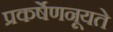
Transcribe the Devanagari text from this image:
प्रकर्षेणनूयते